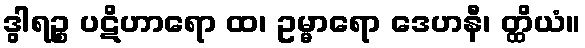
ဒွါရဉ္စ ပဋိဟာရော ထ၊ ဥမ္မာရော ဒေဟနီ၊ တ္ထိယံ။